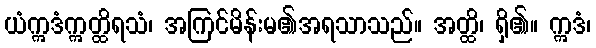
ယံဣဒံဣတ္ထိရသံ၊ အကြင်မိန်းမ၏အရသာသည်။ အတ္ထိ၊ ရှိ၏။ ဣဒံ၊